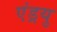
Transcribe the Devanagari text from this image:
एंड्रयु